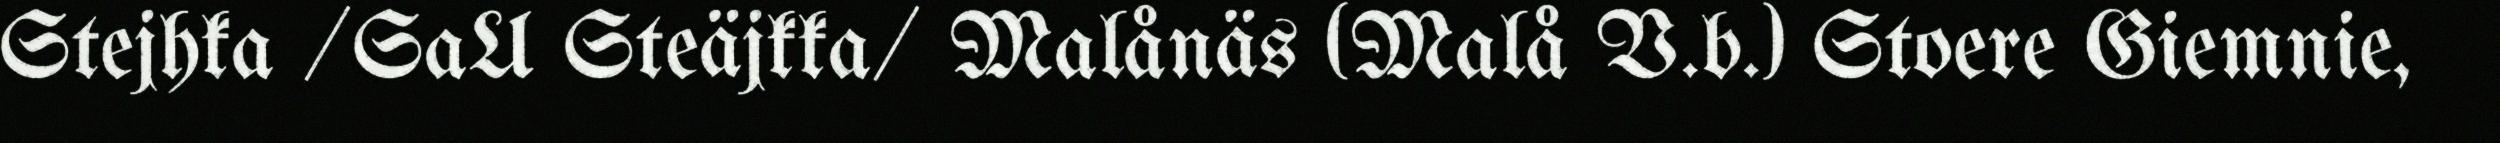
Stejhka /SaU Steäjkka/ Malånäs (Malå V.b.) Stoere Giemnie,